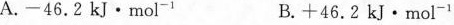
A.-46.2kJ·mol^{-1} B.+46.2kJ·mol^{-1}